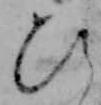
ひ